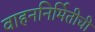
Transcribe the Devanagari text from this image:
वाहननिर्मितीची